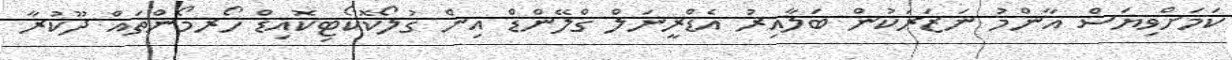
ކަމަށްވިޔަސް އާންމު ނަޒަރަކުން ބަލާއިރު އެޑްރީނަލް ގްލޭންޑް އިން ގުލޯކޮކޯޓިކޮއިޑް ހޯރމޯންތައް ދޫކުރާ